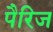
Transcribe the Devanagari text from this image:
पैरिज